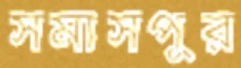
সমাসপুর